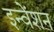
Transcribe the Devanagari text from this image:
इन्वेंशन